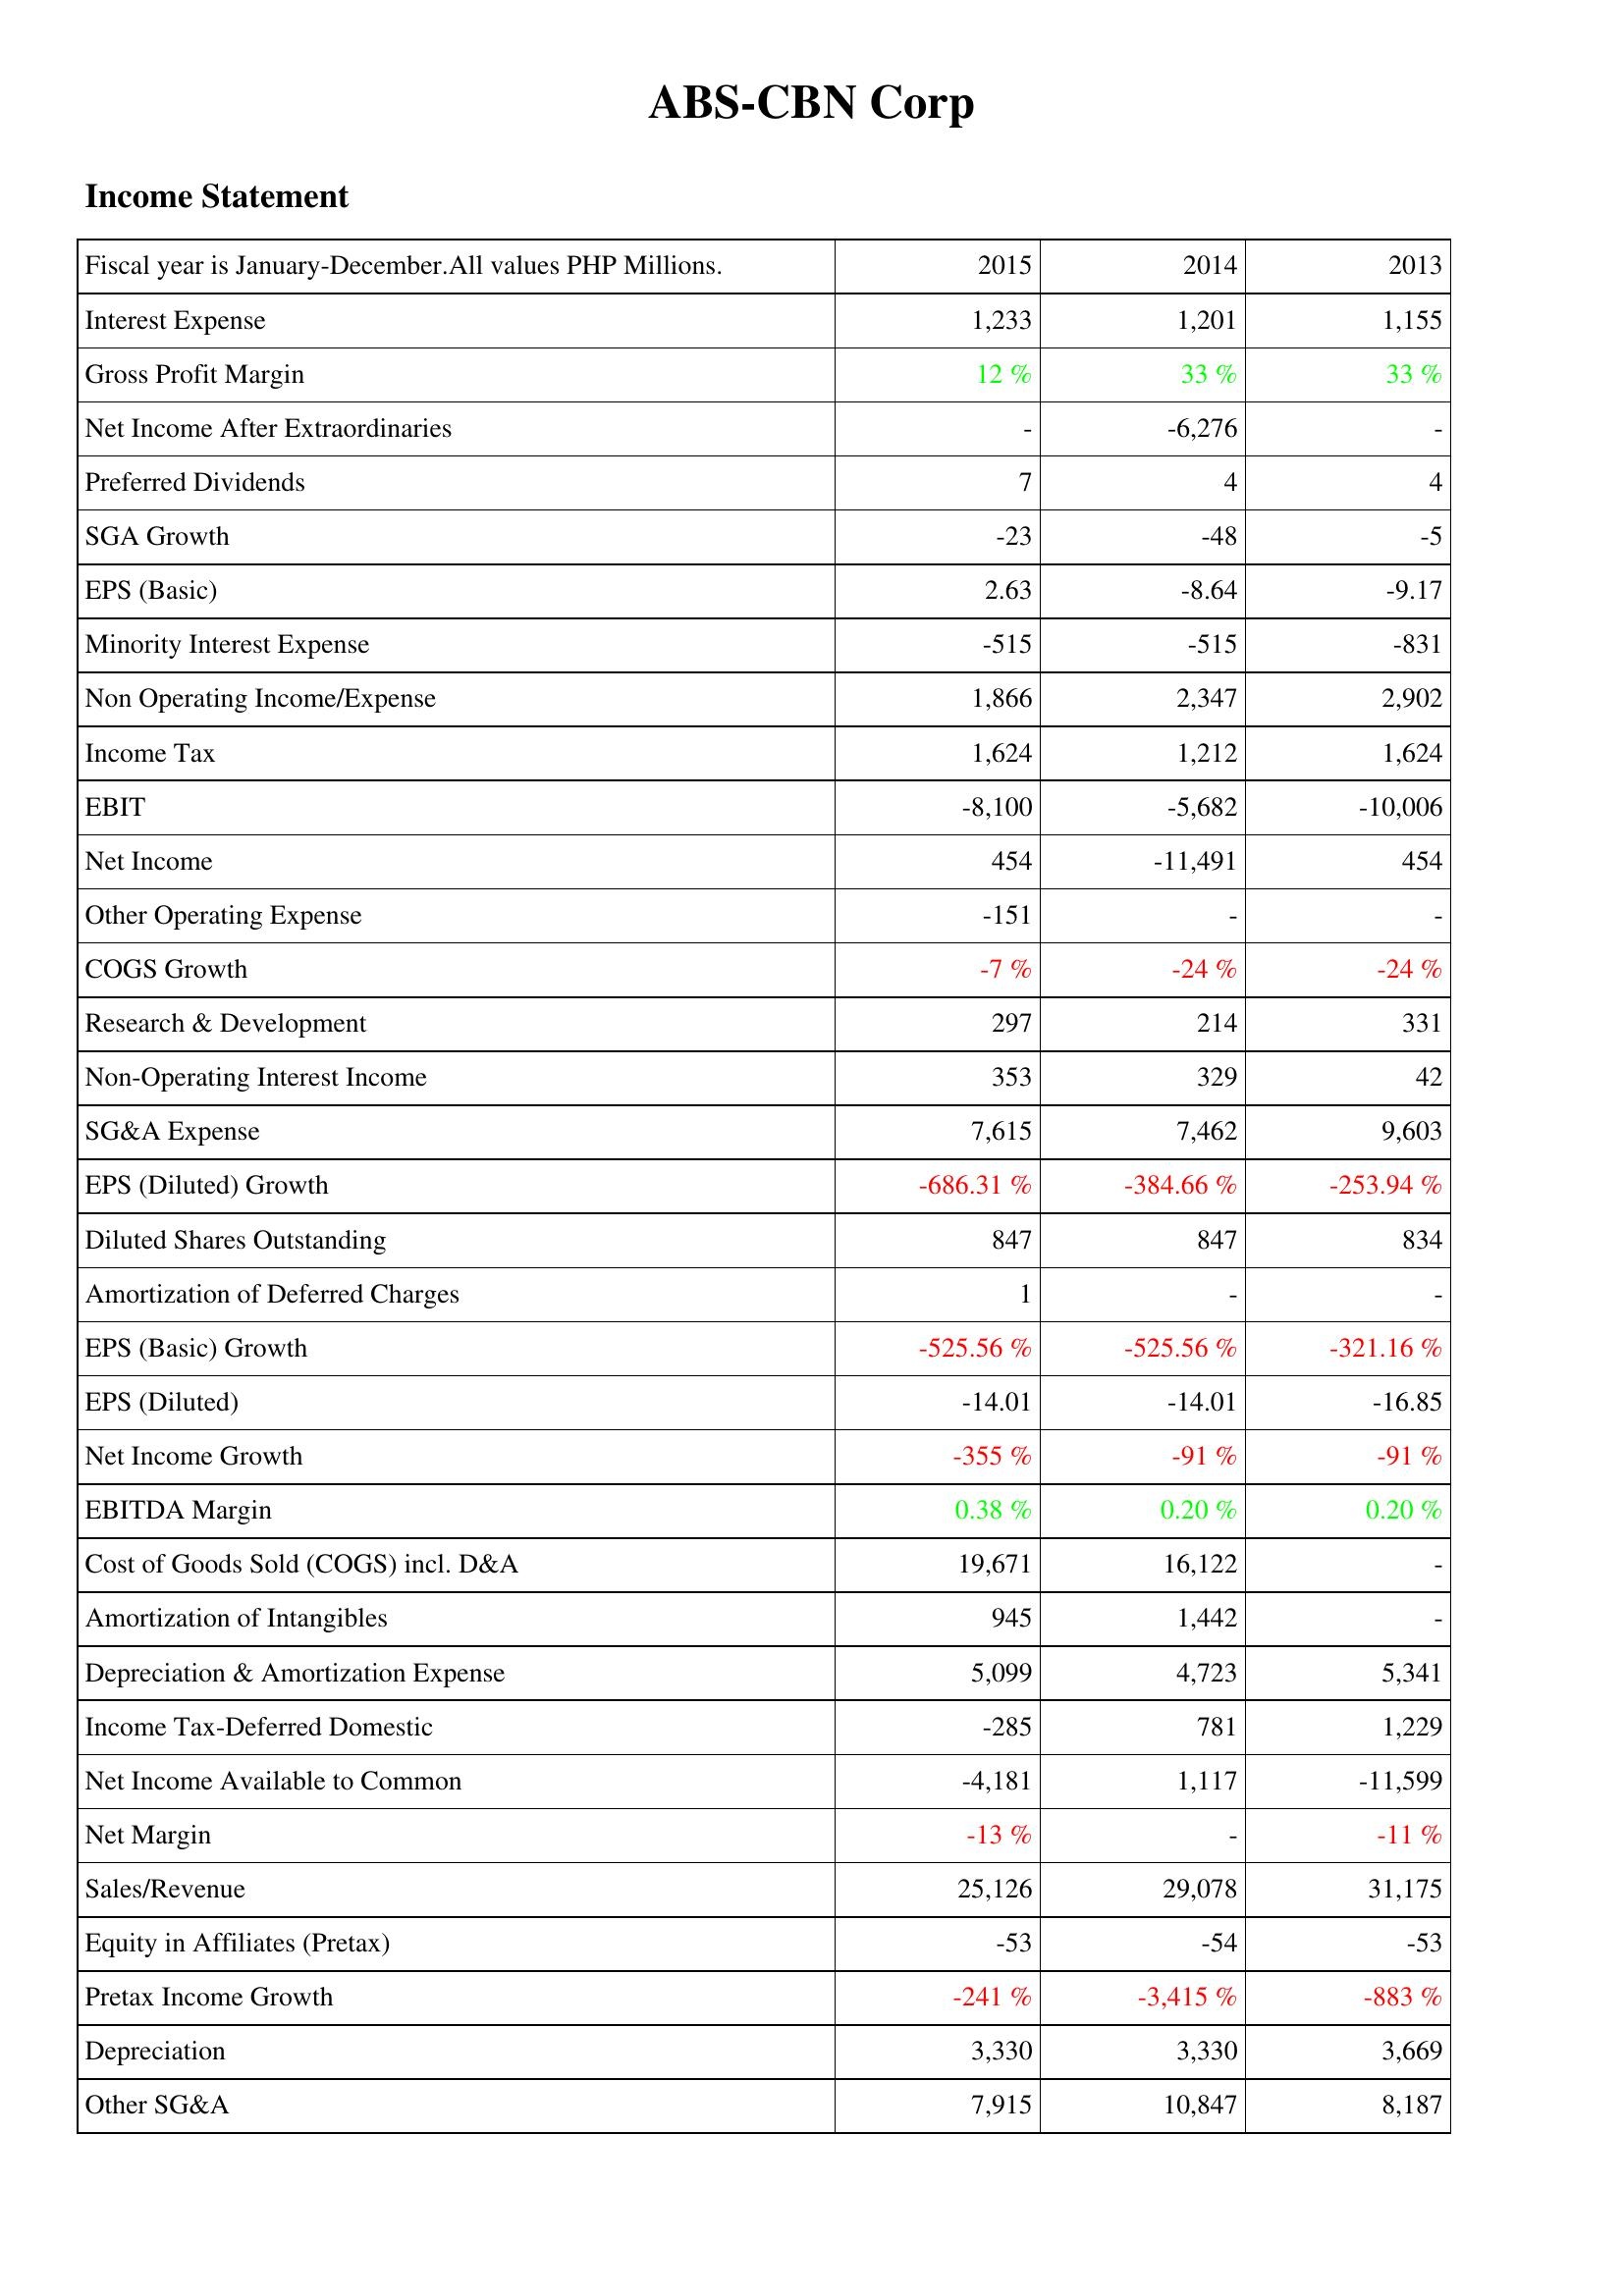
2015: Income Statement: Interest Expense: 1,233
Gross Profit Margin: 12 %
Net Income After Extraordinaries: -
Preferred Dividends: 7
SGA Growth: -23
EPS (Basic): 2.63
Minority Interest Expense: -515
Non Operating Income/Expense: 1,866
Income Tax: 1,624
EBIT: -8,100
Net Income: 454
Other Operating Expense: -151
COGS Growth: -7 %
Research & Development: 297
Non-Operating Interest Income: 353
SG&A Expense: 7,615
EPS (Diluted) Growth: -686.31 %
Diluted Shares Outstanding: 847
Amortization of Deferred Charges: 1
EPS (Basic) Growth: -525.56 %
EPS (Diluted): -14.01
Net Income Growth: -355 %
EBITDA Margin: 0.38 %
Cost of Goods Sold (COGS) incl. D&A: 19,671
Amortization of Intangibles: 945
Depreciation & Amortization Expense: 5,099
Income Tax-Deferred Domestic: -285
Net Income Available to Common: -4,181
Net Margin: -13 %
Sales/Revenue: 25,126
Equity in Affiliates (Pretax): -53
Pretax Income Growth: -241 %
Depreciation: 3,330
Other SG&A: 7,915
2014: Income Statement: Interest Expense: 1,201
Gross Profit Margin: 33 %
Net Income After Extraordinaries: -6,276
Preferred Dividends: 4
SGA Growth: -48
EPS (Basic): -8.64
Minority Interest Expense: -515
Non Operating Income/Expense: 2,347
Income Tax: 1,212
EBIT: -5,682
Net Income: -11,491
Other Operating Expense: -
COGS Growth: -24 %
Research & Development: 214
Non-Operating Interest Income: 329
SG&A Expense: 7,462
EPS (Diluted) Growth: -384.66 %
Diluted Shares Outstanding: 847
Amortization of Deferred Charges: -
EPS (Basic) Growth: -525.56 %
EPS (Diluted): -14.01
Net Income Growth: -91 %
EBITDA Margin: 0.20 %
Cost of Goods Sold (COGS) incl. D&A: 16,122
Amortization of Intangibles: 1,442
Depreciation & Amortization Expense: 4,723
Income Tax-Deferred Domestic: 781
Net Income Available to Common: 1,117
Net Margin: -
Sales/Revenue: 29,078
Equity in Affiliates (Pretax): -54
Pretax Income Growth: -3,415 %
Depreciation: 3,330
Other SG&A: 10,847
2013: Income Statement: Interest Expense: 1,155
Gross Profit Margin: 33 %
Net Income After Extraordinaries: -
Preferred Dividends: 4
SGA Growth: -5
EPS (Basic): -9.17
Minority Interest Expense: -831
Non Operating Income/Expense: 2,902
Income Tax: 1,624
EBIT: -10,006
Net Income: 454
Other Operating Expense: -
COGS Growth: -24 %
Research & Development: 331
Non-Operating Interest Income: 42
SG&A Expense: 9,603
EPS (Diluted) Growth: -253.94 %
Diluted Shares Outstanding: 834
Amortization of Deferred Charges: -
EPS (Basic) Growth: -321.16 %
EPS (Diluted): -16.85
Net Income Growth: -91 %
EBITDA Margin: 0.20 %
Cost of Goods Sold (COGS) incl. D&A: -
Amortization of Intangibles: -
Depreciation & Amortization Expense: 5,341
Income Tax-Deferred Domestic: 1,229
Net Income Available to Common: -11,599
Net Margin: -11 %
Sales/Revenue: 31,175
Equity in Affiliates (Pretax): -53
Pretax Income Growth: -883 %
Depreciation: 3,669
Other SG&A: 8,187